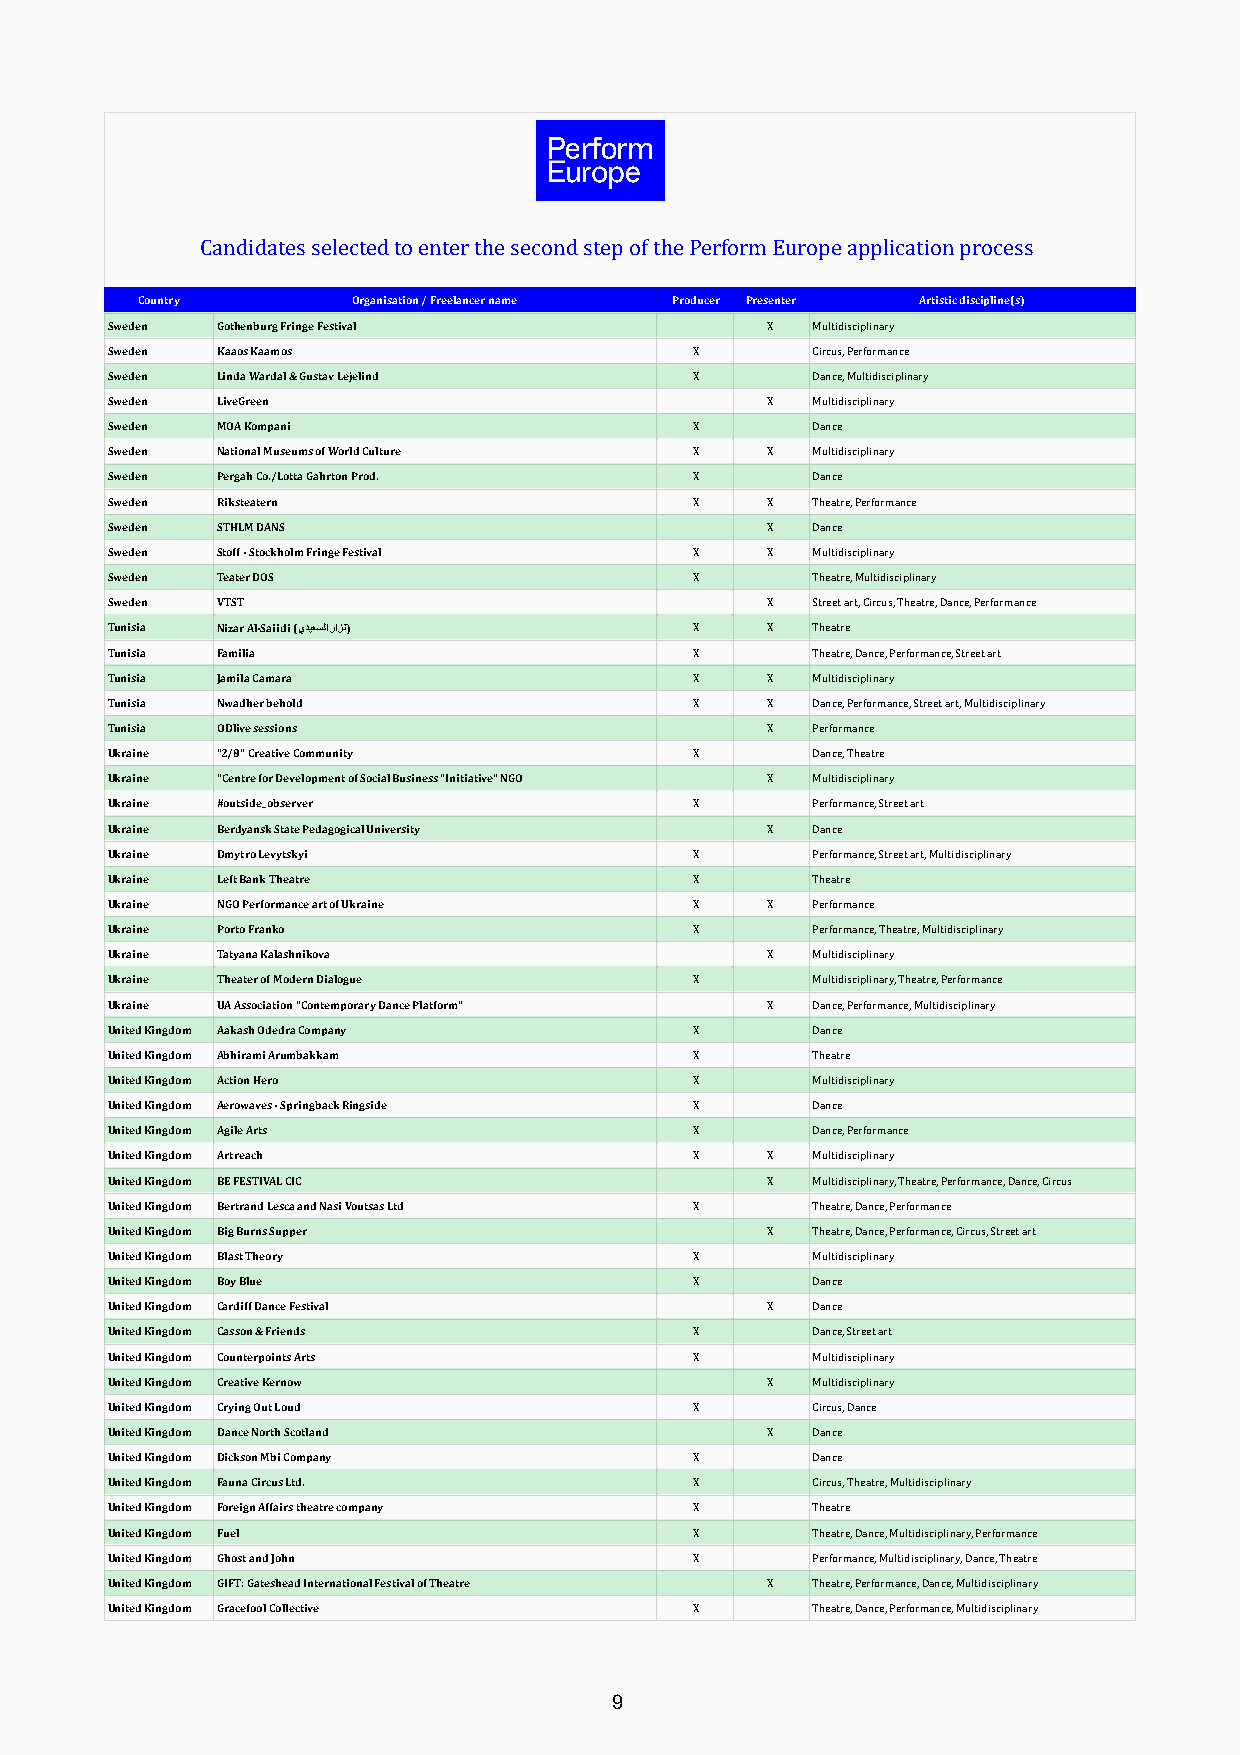
Candidates selected to enter the second step of the Perform Europe application process
 Country       Organisation / Freelancer name Producer Presenter Artistic discipline(s)
 Sweden Gothenburg Fringe Festival           X  Multidisciplinary
 Sweden Kaaos Kaamos                    X       Circus, Performance
 Sweden Linda Wardal & Gustav Lejelind  X       Dance, Multidisciplinary
 Sweden LiveGreen                            X  Multidisciplinary
 Sweden MOA Kompani                     X       Dance
 Sweden National Museums of World Culture X  X  Multidisciplinary
 Sweden Pergah Co./Lotta Gahrton Prod.  X       Dance
 Sweden Riksteatern                     X    X  Theatre, Performance
 Sweden STHLM DANS                           X  Dance
 Sweden Stoff - Stockholm Fringe Festival X  X  Multidisciplinary
 Sweden Teater DOS                      X       Theatre, Multidisciplinary
 Sweden VTST                                 X  Street art, Circus, Theatre, Dance, Performance
 Tunisia Nizar Al-Saiidi (يﺪﯿﻌﺴﻟا راﺰﻧ) X    X  Theatre
 Tunisia Familia                        X       Theatre, Dance, Performance, Street art
 Tunisia Jamila Camara                  X    X  Multidisciplinary
 Tunisia Nwadher behold                 X    X  Dance, Performance, Street art, Multidisciplinary
 Tunisia ODlive sessions                     X  Performance
 Ukraine "2/8" Creative Community       X       Dance, Theatre
 Ukraine "Centre for Development of Social Business "Initiative" NGO X Multidisciplinary
 Ukraine #outside_observer              X       Performance, Street art
 Ukraine Berdyansk State Pedagogical University X Dance
 Ukraine Dmytro Levytskyi               X       Performance, Street art, Multidisciplinary
 Ukraine Left Bank Theatre              X       Theatre
 Ukraine NGO Performance art of Ukraine X    X  Performance
 Ukraine Porto Franko                   X       Performance, Theatre, Multidisciplinary
 Ukraine Tatyana Kalashnikova                X  Multidisciplinary
 Ukraine Theater of Modern Dialogue     X       Multidisciplinary, Theatre, Performance
 Ukraine UA Association "Contemporary Dance Platform" X Dance, Performance, Multidisciplinary
 United Kingdom Aakash Odedra Company   X       Dance
 United Kingdom Abhirami Arumbakkam     X       Theatre
 United Kingdom Action Hero             X       Multidisciplinary
 United Kingdom Aerowaves - Springback Ringside X Dance
 United Kingdom Agile Arts              X       Dance, Performance
 United Kingdom Artreach                X    X  Multidisciplinary
 United Kingdom BE FESTIVAL CIC              X  Multidisciplinary, Theatre, Performance, Dance, Circus
 United Kingdom Bertrand Lesca and Nasi Voutsas Ltd X Theatre, Dance, Performance
 United Kingdom Big Burns Supper             X  Theatre, Dance, Performance, Circus, Street art
 United Kingdom Blast Theory            X       Multidisciplinary
 United Kingdom Boy Blue                X       Dance
 United Kingdom Cardiff Dance Festival       X  Dance
 United Kingdom Casson & Friends        X       Dance, Street art
 United Kingdom Counterpoints Arts      X       Multidisciplinary
 United Kingdom Creative Kernow              X  Multidisciplinary
 United Kingdom Crying Out Loud         X       Circus, Dance
 United Kingdom Dance North Scotland         X  Dance
 United Kingdom Dickson Mbi Company     X       Dance
 United Kingdom Fauna Circus Ltd.       X       Circus, Theatre, Multidisciplinary
 United Kingdom Foreign Affairs theatre company X Theatre
 United Kingdom Fuel                    X       Theatre, Dance, Multidisciplinary, Performance
 United Kingdom Ghost and John          X       Performance, Multidisciplinary, Dance, Theatre
 United Kingdom GIFT: Gateshead International Festival of Theatre X Theatre, Performance, Dance, Multidisciplinary
 United Kingdom Gracefool Collective    X       Theatre, Dance, Performance, Multidisciplinary
 9